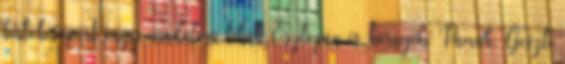
birtokcsoport vagy uradalom tehát Osztopán és környéke Pamuk, Geszti